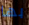
بها